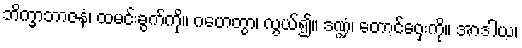
ဘိက္ခာဘာဇနံ၊ ထမင်းခွက်ကို။ ဂဟေတွာ၊ လွယ်၍။ ဒဏ္ဍံ၊ တောင်ဝှေးကို။ အာဒါယ၊